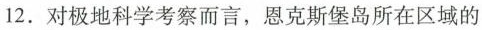
2.对极地科学考察而言，恩克斯堡岛所在区域的